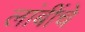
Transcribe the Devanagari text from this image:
लांबींचे